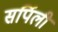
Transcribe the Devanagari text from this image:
सर्पिली